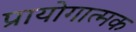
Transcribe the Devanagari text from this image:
प्रायोगात्मक